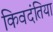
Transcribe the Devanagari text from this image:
किवदंतिया